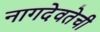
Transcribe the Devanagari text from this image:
नागदेवतेची